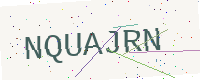
Text: NQUAJRN